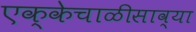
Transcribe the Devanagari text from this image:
एक्केचाळीसाव्या